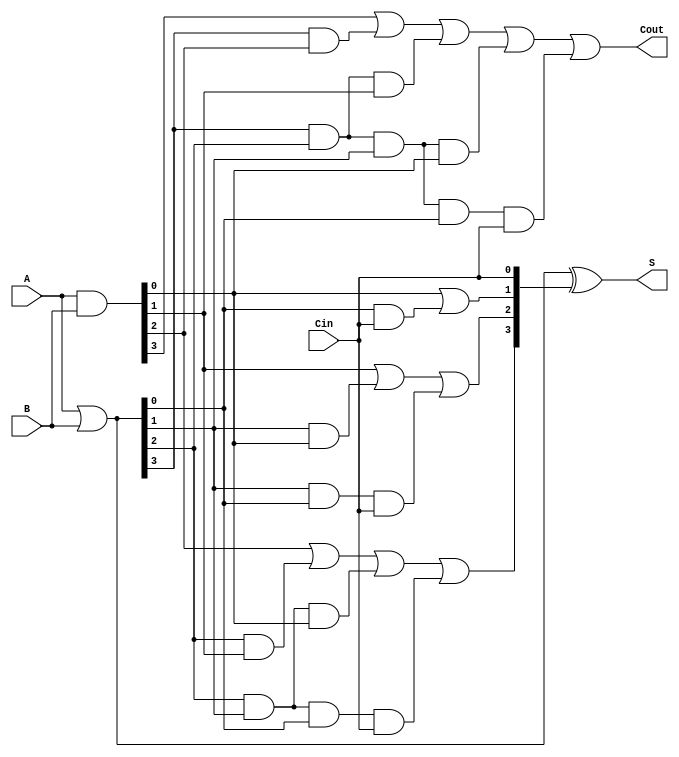
module CLA_4bit (
    input [3:0] A,      // 4-bit input A
    input [3:0] B,      // 4-bit input B
    input Cin,          // Carry input
    output [3:0] S,     // 4-bit sum output
    output Cout         // Carry output
);

    wire [3:0] G;       // Generate signals
    wire [3:0] P;       // Propagate signals
    wire [4:0] C;       // Carry signals (C[0] = Cin)

    // Generate and Propagate calculations
    assign G = A & B;   // Gi = Ai & Bi
    assign P = A | B;   // Pi = Ai | Bi

    // Carry calculations
    assign C[0] = Cin;  // C0 = Cin
    assign C[1] = G[0] | (P[0] & C[0]); // C1
    assign C[2] = G[1] | (P[1] & G[0]) | (P[1] & P[0] & C[0]); // C2
    assign C[3] = G[2] | (P[2] & G[1]) | (P[2] & P[1] & G[0]) | (P[2] & P[1] & P[0] & C[0]); // C3
    assign C[4] = G[3] | (P[3] & G[2]) | (P[3] & P[2] & G[1]) | (P[3] & P[2] & P[1] & G[0]) | (P[3] & P[2] & P[1] & P[0] & C[0]); // Cout

    // Sum calculations
    assign S = P ^ C[3:0]; // Si = Pi ^ Ci

    // Final carry output
    assign Cout = C[4]; // Cout = C4

endmodule